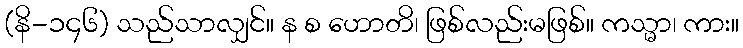
(နိ-၁၄၆) သည်သာလျှင်။ န စ ဟောတိ၊ ဖြစ်လည်းမဖြစ်။ ကသ္မာ၊ ကား။